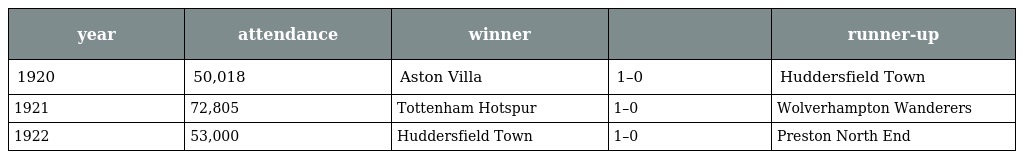
| year | attendance | winner |  | runner-up |
 | --- | --- | --- | --- | --- |
 | 1920 | 50,018 | Aston Villa | 1–0 | Huddersfield Town |
 | 1921 | 72,805 | Tottenham Hotspur | 1–0 | Wolverhampton Wanderers |
 | 1922 | 53,000 | Huddersfield Town | 1–0 | Preston North End |